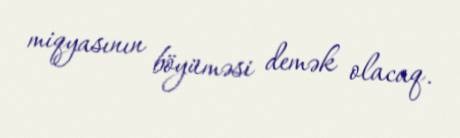
miqyasının böyüməsi demək olacaq.